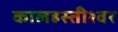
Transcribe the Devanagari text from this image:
कालहस्तीश्वर